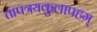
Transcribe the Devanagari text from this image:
तापत्रयकुलापहम्